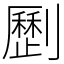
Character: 𠠝